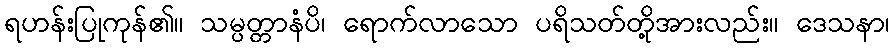
ရဟန်းပြုကုန်၏။ သမ္ပတ္တာနံပိ၊ ရောက်လာသော ပရိသတ်တို့အားလည်း။ ဒေသနာ၊